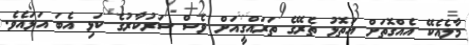
މާލެއެކޭ އެއްގޮތަށް އަތޮޅު ތެރޭގެ ތަރައްގީއަށް ވެސް ސަރުކާރުގެ ކަޅި އެބަ އަޅައެވެ.